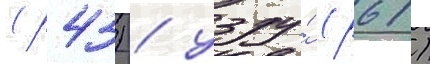
(р43) / узду́ (р61)